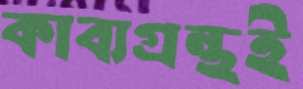
কাব্যগ্রন্থই